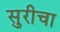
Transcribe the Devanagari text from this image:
सुरीचा